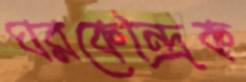
ঘরকেন্দ্রিক